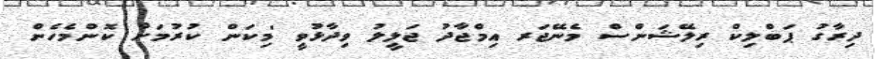
ދިރާގު ޕަބްލިކް ރިލޭޝަންސް މެނޭޖަރ އިމްޖާދު ޖަލީލު ވިދާޅުވީ 'މިކަން ކުރުމަށް ކޮންމެހެން